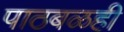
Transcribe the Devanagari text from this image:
पाठबळही